Indian journal of veterinary science and animal husbandry - Volume 5,
Year: 1935
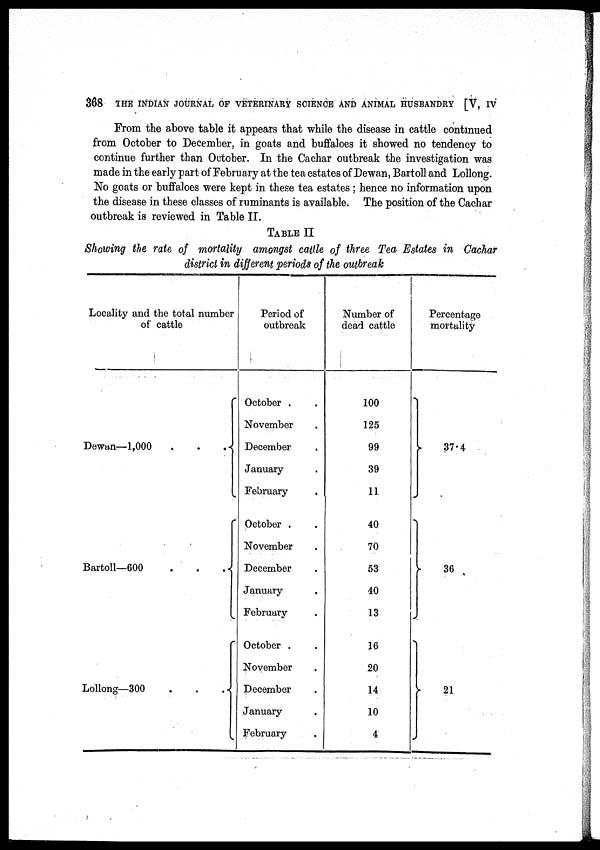
368 THE INDIAN JOURNAL OF VETERINARY SCIENCE AND ANIMAL HUSBANDRY [V, IV
From the above table it appears that while the disease in cattle continued
from October to December, in goats and buffaloes it showed no tendency to
continue further than October. In the Cachar outbreak the investigation was
made in the early part of February at the tea estates of Dewan, Bartoll and Lollong.
No goats or buffaloes were kept in these tea estates ; hence no information upon
the disease in these classes of ruminants is available. The position of the Cachar
outbreak is reviewed in Table II.
TABLE II
Showing the rate of mortality amongst cattle of three Tea Estates in Cachar
district in different periods of the outbreak
Locality and the total number
of cattle
Dewan—1,000
.
.
.
Bartoll—600
.
.
.
Lollong—300
.
.
.
Period of
outbreak
October . .
November .
December .
January .
February .
October .
November .
December .
January .
February .
October .
November .
December .
January .
February .
Number of
dead cattle
100
125
99
39
11
40
70
53
40
13
16
20
14
10
4
Percentage
mortality
37.4
36
21